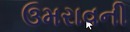
ઉમરાવની